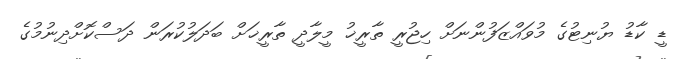
ޑީ ކާޑު ޔުނިޓުގެ މުވައްޒަފުންނަށް ހިޖުރީ ތާރީޚު މީލާދީ ތާރީޚަށް ބަދަލުކުރަން ދަސްކޮށްދިނުމުގެ